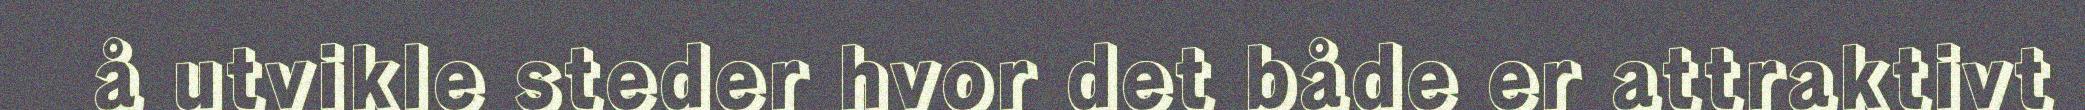
å utvikle steder hvor det både er attraktivt